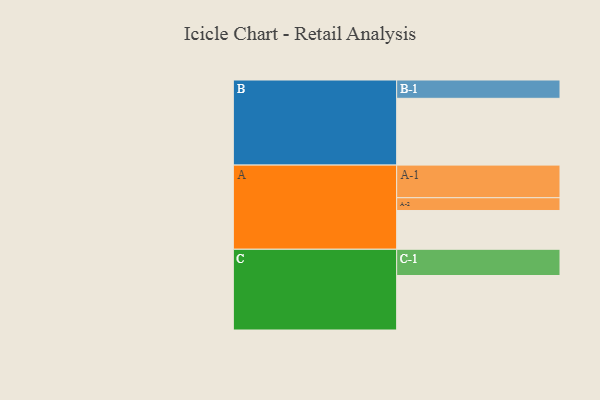
{"axis": {"x": "Segment", "y": "Value"}, "legend": ["", "A", "B", "C"], "data": [{"x": "A", "y": 328, "type": ""}, {"x": "B", "y": 565, "type": ""}, {"x": "C", "y": 461, "type": ""}, {"x": "A-1", "y": 276, "type": "A"}, {"x": "A-2", "y": 108, "type": "A"}, {"x": "B-1", "y": 155, "type": "B"}, {"x": "C-1", "y": 222, "type": "C"}]}